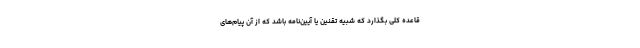
قاعده کلی بگذارد که شبیه تقنین یا آیین‌نامه باشد که از آن پیام‌های